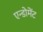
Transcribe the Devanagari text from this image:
एन्डोमेंट